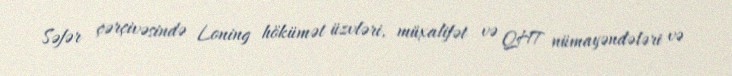
Səfər çərçivəsində Loning hökümət üzvləri, müxalifət və QHT nümayəndələri və